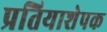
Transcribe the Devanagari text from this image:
प्रतियाशेपक